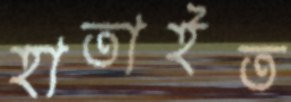
হাতাইত